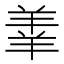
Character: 𫅓